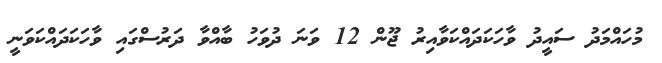
މުހައްމަދު ސައީދު ވާހަކަދައްކަވާއިރު ޖޫން 12 ވަނަ ދުވަހު ބާއްވާ ދަރުސްގައި ވާހަކަދައްކަވަނީ